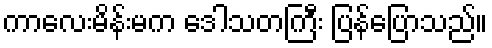
ကာလေးမိန်းမက ဒေါသတကြီး ပြန်ပြောသည်။